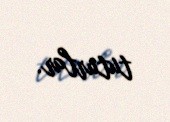
tuturlar.